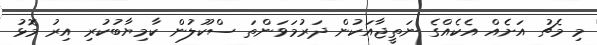
މި މެޗު އަށެއް އެކެއްގެ ނަތީޖާއަކުން ދަރުމަވަންތަ ސްކޫލުން ކާމިޔާބުކުރި އިރު މޮޅު